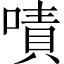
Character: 嘖